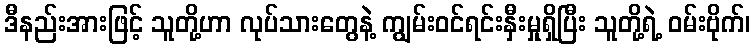
ဒီနည်းအားဖြင့် သူတို့ဟာ လုပ်သားတွေနဲ့ ကျွမ်းဝင်ရင်းနှီးမှုရှိပြီး သူတို့ရဲ့ ဝမ်းဗိုက်၊